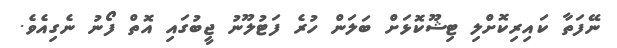
ނޭފަތާ ކައިރިކޮށްލި ޓިޝޫކޮޅަށް ބަލަން ހުރެ ފަޓުލޫނު ޖީބުގައި އޮތް ފޯނު ނެގިއެވެ.